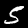
Label: 5